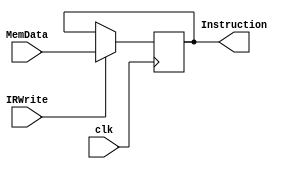
`timescale 1ns / 1ps
//////////////////////////////////////////////////////////////////////////////////
// Company: 
// Engineer: 
// 
// Design Name: 
// Module Name: Instruction_register
// Project Name: 
// Target Devices: 
// Tool Versions: 
// Description: 
// 
// Dependencies: 
// 
// Revision:
// Revision 0.01 - File Created
// Additional Comments:
// 
//////////////////////////////////////////////////////////////////////////////////


module Instruction_register(
    input [31:0] MemData,
    input IRWrite,clk,
    output reg [31:0] Instruction
    );
    always @ (posedge clk)
    begin
        if (IRWrite) Instruction <= MemData;
    end
endmodule